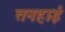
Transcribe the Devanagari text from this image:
तनहाई